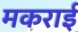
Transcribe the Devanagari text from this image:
मकराई